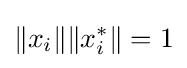
\|x_{i}\|\|x_{i}^{*}\|=1